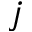
j